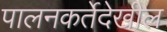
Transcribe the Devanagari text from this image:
पालनकर्तेदेखील